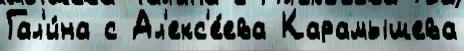
Гал'и́на с Ал'екс'е́ева Карамышева